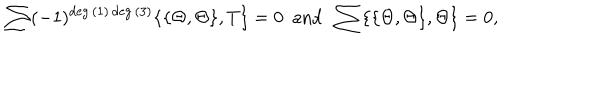
\sum ( - 1 ) ^ { \deg { ( 1 ) } \deg { ( 3 ) } } \{ \{ \Theta , \Theta \} , T \} = 0 ~ ~ \mathrm { a n d } ~ ~ \sum \{ \{ \Theta , \Theta \} , \Theta \} = 0 ,